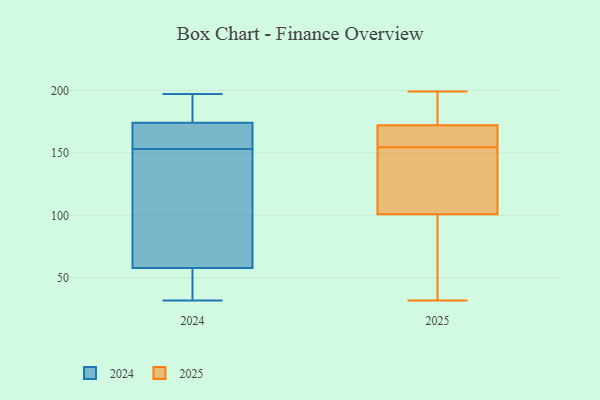
{"axis": {"x": "Headcount", "y": "Value"}, "legend": ["2024", "2025"], "data": [{"x": "", "y": 184, "type": "2025"}, {"x": "", "y": 167, "type": "2025"}, {"x": "", "y": 172, "type": "2025"}, {"x": "", "y": 158, "type": "2025"}, {"x": "", "y": 101, "type": "2025"}, {"x": "", "y": 182, "type": "2025"}, {"x": "", "y": 173, "type": "2025"}, {"x": "", "y": 167, "type": "2025"}, {"x": "", "y": 143, "type": "2025"}, {"x": "", "y": 151, "type": "2025"}, {"x": "", "y": 32, "type": "2025"}, {"x": "", "y": 125, "type": "2025"}, {"x": "", "y": 199, "type": "2025"}, {"x": "", "y": 92, "type": "2025"}, {"x": "", "y": 159, "type": "2025"}, {"x": "", "y": 83, "type": "2025"}, {"x": "", "y": 133, "type": "2025"}, {"x": "", "y": 50, "type": "2025"}, {"x": "", "y": 159, "type": "2024"}, {"x": "", "y": 32, "type": "2024"}, {"x": "", "y": 147, "type": "2024"}, {"x": "", "y": 45, "type": "2024"}, {"x": "", "y": 179, "type": "2024"}, {"x": "", "y": 63, "type": "2024"}, {"x": "", "y": 174, "type": "2024"}, {"x": "", "y": 58, "type": "2024"}, {"x": "", "y": 197, "type": "2024"}, {"x": "", "y": 168, "type": "2024"}]}